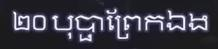
២០ បុប្ផាព្រែកឯង